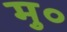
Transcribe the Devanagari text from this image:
मु०